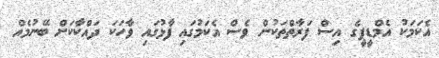
އެކަމަކު އެމްޑީޕީގެ އިސް ފަރާތްތަކުން ވެސް އެކަމުގައި ފާޅުގައި ވާހަކަ ދައްކާކަށް ބޭނުމެއް